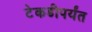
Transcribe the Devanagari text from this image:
टेकडीपर्यंत